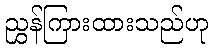
ညွှန်ကြားထားသည်ဟု